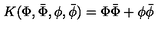
K ( \Phi , \bar { \Phi } , \phi , \bar { \phi } ) = \Phi \bar { \Phi } + \phi \bar { \phi }